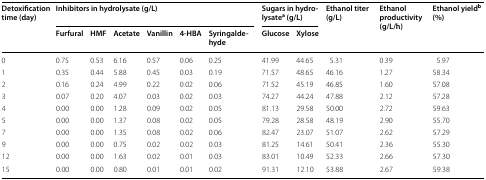
<table><thead><tr><td rowspan="2"><b>Detoxification time (day)</b></td><td colspan="6"><b>Inhibitors in hydrolysate (g/L)</b></td><td colspan="2"><b>Sugars in hydrolysate<sup>a</sup> (g/L)</b></td><td rowspan="2"><b>Ethanol titer (g/L)</b></td><td rowspan="2"><b>Ethanol productivity (g/L/h)</b></td><td rowspan="2"><b>Ethanol yield<sup>b</sup> (%)</b></td></tr><tr><td><b>Furfural</b></td><td><b>HMF</b></td><td><b>Acetate</b></td><td><b>Vanillin</b></td><td><b>4-HBA</b></td><td><b>Syringaldehyde</b></td><td><b>Glucose</b></td><td><b>Xylose</b></td></tr></thead><tbody><tr><td>0</td><td>0.75</td><td>0.53</td><td>6.16</td><td>0.57</td><td>0.06</td><td>0.25</td><td>41.99</td><td>44.65</td><td>5.31</td><td>0.39</td><td>5.97</td></tr><tr><td>1</td><td>0.35</td><td>0.44</td><td>5.88</td><td>0.45</td><td>0.03</td><td>0.19</td><td>71.57</td><td>48.65</td><td>46.16</td><td>1.27</td><td>58.34</td></tr><tr><td>2</td><td>0.16</td><td>0.24</td><td>4.99</td><td>0.22</td><td>0.02</td><td>0.06</td><td>71.52</td><td>45.19</td><td>46.85</td><td>1.60</td><td>57.08</td></tr><tr><td>3</td><td>0.07</td><td>0.20</td><td>4.07</td><td>0.03</td><td>0.02</td><td>0.03</td><td>74.27</td><td>44.24</td><td>47.88</td><td>2.12</td><td>57.28</td></tr><tr><td>4</td><td>0.00</td><td>0.00</td><td>1.28</td><td>0.09</td><td>0.02</td><td>0.05</td><td>81.13</td><td>29.58</td><td>50.00</td><td>2.72</td><td>59.63</td></tr><tr><td>5</td><td>0.00</td><td>0.00</td><td>1.37</td><td>0.08</td><td>0.02</td><td>0.05</td><td>79.28</td><td>28.58</td><td>48.19</td><td>2.90</td><td>55.70</td></tr><tr><td>7</td><td>0.00</td><td>0.00</td><td>1.35</td><td>0.08</td><td>0.02</td><td>0.06</td><td>82.47</td><td>23.07</td><td>51.07</td><td>2.62</td><td>57.29</td></tr><tr><td>9</td><td>0.00</td><td>0.00</td><td>0.75</td><td>0.02</td><td>0.02</td><td>0.03</td><td>81.25</td><td>14.61</td><td>50.41</td><td>2.36</td><td>55.30</td></tr><tr><td>12</td><td>0.00</td><td>0.00</td><td>1.63</td><td>0.02</td><td>0.01</td><td>0.03</td><td>83.01</td><td>10.49</td><td>52.33</td><td>2.66</td><td>57.30</td></tr><tr><td>15</td><td>0.00</td><td>0.00</td><td>0.80</td><td>0.01</td><td>0.01</td><td>0.02</td><td>91.31</td><td>12.10</td><td>53.88</td><td>2.67</td><td>59.38</td></tr></tbody></table>